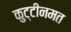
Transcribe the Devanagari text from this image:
कुट्टीनमत